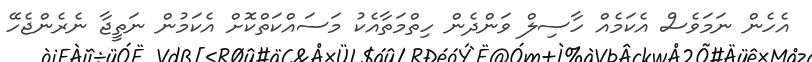
އެހެން ނަމަވެސް އެކަމެއް ހާސިލް ވަންދެން ހިތްމަތާއެކު މަސައްކަތްކޮށް އެކަމުން ނަތީޖާ ނެރެންޖެހޭ